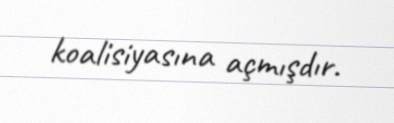
koalisiyasına açmışdır.